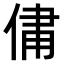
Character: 𫢻